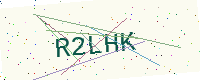
Text: R2LHK